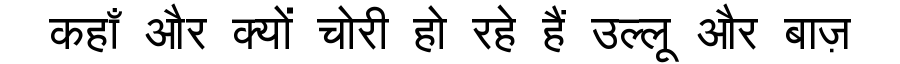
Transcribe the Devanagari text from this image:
कहाँ और क्यों चोरी हो रहे हैं उल्लू और बाज़